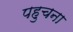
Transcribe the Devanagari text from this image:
पहुचना